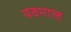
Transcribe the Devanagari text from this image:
यवनाल